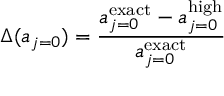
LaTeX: \Delta ( a _ { j = 0 } ) = \frac { a _ { j = 0 } ^ { \mathrm { e x a c t } } - a _ { j = 0 } ^ { \mathrm { h i g h } } } { a _ { j = 0 } ^ { \mathrm { e x a c t } } }